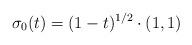
LaTeX: \begin{align*}\sigma_0(t) = (1-t)^{1/2} \cdot (1,1)\end{align*}